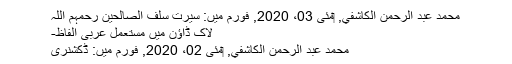
محمد عبد الرحمن الكاشفي, ‏مئی 03، 2020, فورم میں: سیرت سلف الصالحین رحمہم اللہ
لاک ڈاؤن میں مستعمل عربی الفاظ-
محمد عبد الرحمن الكاشفي, ‏مئی 02، 2020, فورم میں: ڈکشنری